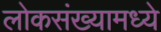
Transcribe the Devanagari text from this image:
लोकसंख्यामध्ये